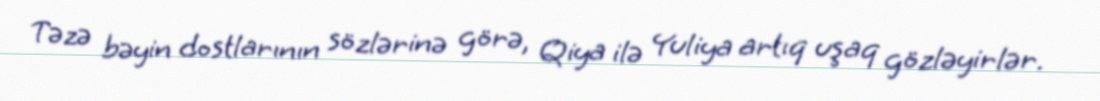
Təzə bəyin dostlarının sözlərinə görə, Qiya ilə Yuliya artıq uşaq gözləyirlər.